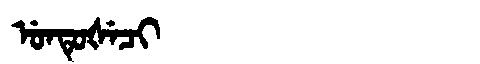
Manchu: ᡠᠨᡨᡠᡧᡝᠴᡳ
Romanization: UNTUŠECI